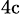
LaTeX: _\mathrm{4c}